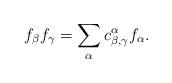
LaTeX: \begin{align*}f_{\beta}f_{\gamma}=\sum_{\alpha}c_{\beta,\gamma}^{\alpha}f_{\alpha}.\end{align*}